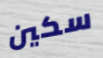
سكين